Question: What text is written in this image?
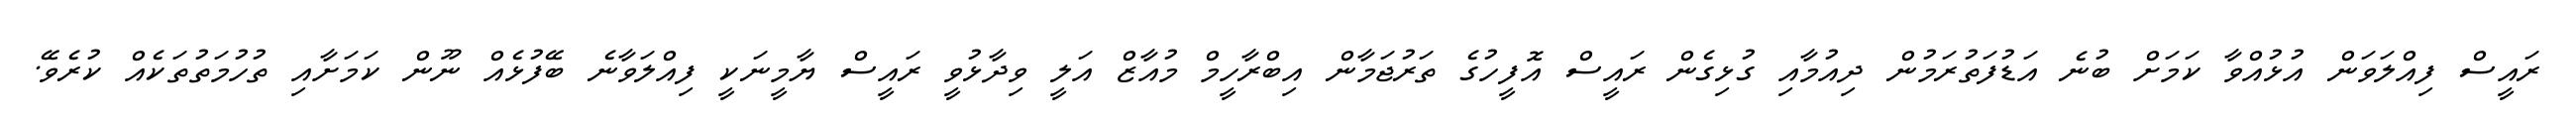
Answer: ރައީސް ފިއްލަވަން އުޅުއްވާ ކަމަށް ބުނެ އަޑުފަތުރަމުން ދިއުމާއި ގުޅިގެން ރައީސް އޮފީހުގެ ތަރުޖަމާން އިބްރާހީމް މުއާޒް އަލީ ވިދާޅުވީ ރައީސް ޔާމީނަކީ ފިއްލަވާނެ ބޭފުޅެއް ނޫން ކަމަށާއި ތުހުމަތުތަކެއް ކުރެވޭ.